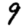
Digit: 9